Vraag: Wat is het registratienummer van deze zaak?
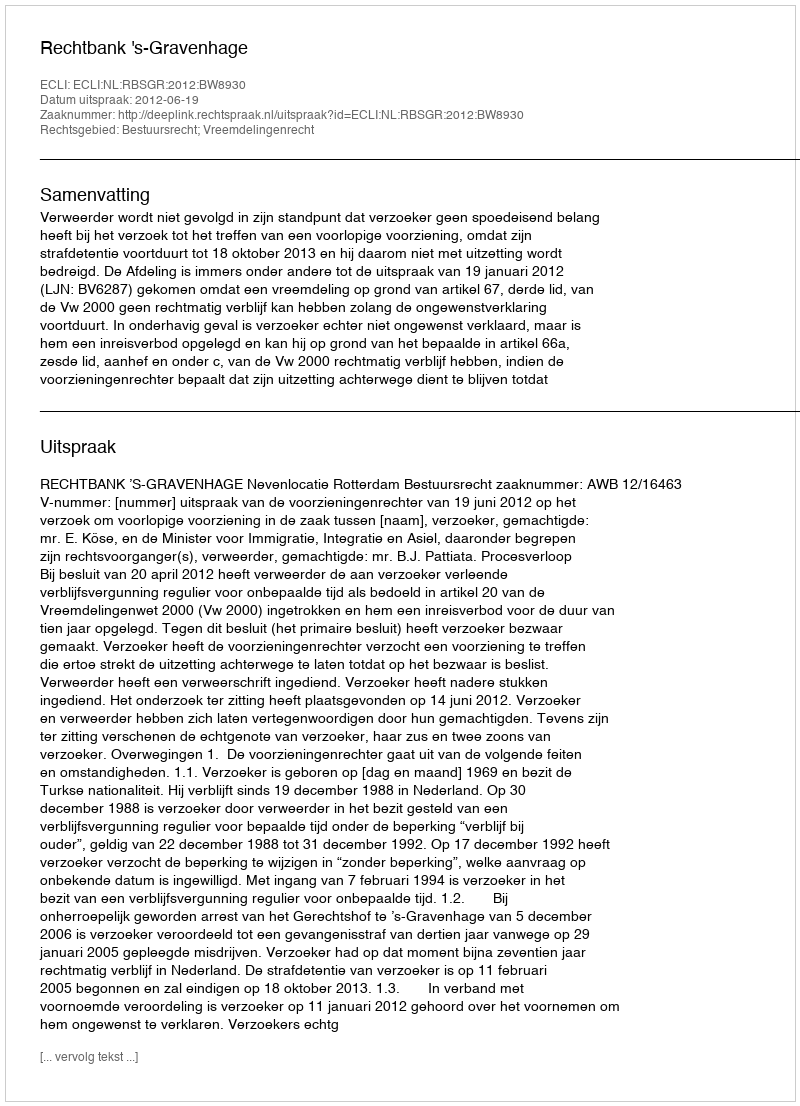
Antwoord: http://deeplink.rechtspraak.nl/uitspraak?id=ECLI:NL:RBSGR:2012:BW8930